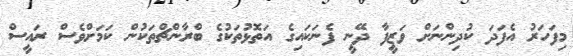
މިފަހަރު އެފަދަ ކުދިންނަށް ވަޒީފާ ދޭނީ ފެނަކައިގެ އަތޮޅުތަކުގެ ބްރާންޗްތަކުން ކަމަށްވެސް ރައީސް